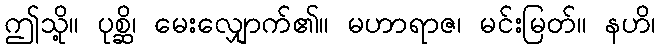
ဤသို့။ ပုစ္ဆိ၊ မေးလျှောက်၏။ မဟာရာဇ၊ မင်းမြတ်။ နဟိ၊